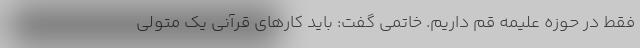
فقط در حوزه علیمه قم داریم. خاتمی گفت: باید کارهای قرآنی یک متولی